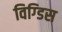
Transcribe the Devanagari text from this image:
विग्डिस